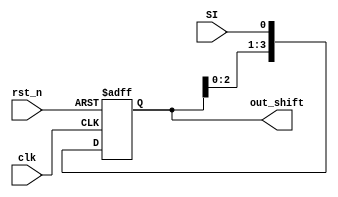
module shift_reg (
input  clk, rst_n, SI,
output reg [3:0] out_shift
	);
always @(posedge clk , negedge rst_n) begin
	if (!rst_n) begin
		out_shift <= 0;
		
	end
	else begin
		out_shift <= {out_shift[2:0],SI} ;
	end
end

endmodule


module seq_det (
input  clk, rst_n, newBit,
output reg  ok,
output wire [3:0] out_seq
	);
reg [2:0] current_state, next_state;
parameter A = 0;
parameter B = 1;
parameter C = 2;
parameter D = 3;
parameter E = 4;

shift_reg S_R (.clk(clk),.rst_n(rst_n),.SI(newBit),.out_shift(out_seq));

always @(posedge clk , negedge rst_n) begin
	if (!rst_n) begin
		current_state <= A;
		
	end
	else begin
		current_state <= next_state ;
	end
end

always @(*) begin
case (current_state) 
A: begin
   if (newBit) begin 
    next_state = B;
   end
   else  begin 
    next_state = A;
   end
   end

B: begin
   if (newBit) begin 
    next_state = B;
   end
   else begin 
    next_state = C;
   end
   end

C: begin
   if (newBit) begin 
    next_state = D;
   end
   else begin 
    next_state = A;
   end
   end

D: begin
   if (newBit) begin 
    next_state = E;
   end
   else begin 
    next_state = C;
   end
   end      
E: begin
   if (newBit) begin 
    next_state = B;
   end
   else begin 
    next_state = C;
   end
   end     
endcase
end

always @(*) begin
case (current_state) 
A: ok = 0;
B: ok = 0;
C: ok = 0;
D: ok = 0;
E: ok = 1;
endcase
end
endmodule


module cheker( 
input [3:0] n1, n2,
input ok1, ok2,
output [1:0] mode,
output [3:0] result
	);
assign mode   = (ok1 && ok2)? 2:(ok1 || ok2)? 1:0 ;
assign result = n1 ^ n2;

endmodule	

module topmodule(
input clk, rst_n,
input seq1, seq2,
output [1:0] mode,
output [3:0] result
	);
wire  ok1, ok2;
wire [3:0] n1, n2;

seq_det seq_1 (.clk(clk),.rst_n(rst_n),.newBit(seq1),.ok(ok1),.out_seq(n1));
seq_det seq_2 (.clk(clk),.rst_n(rst_n),.newBit(seq2),.ok(ok2),.out_seq(n2));
cheker  chek  (.n1(n1),.n2(n2),.ok1(ok1),.ok2(ok2),.mode(mode),.result(result));

endmodule